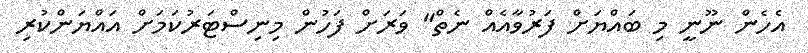
އެހެން ނޫނީ މި ބައްޔަށް ފަރުވާއެއް ނެތް" ވަރަށް ފަހުން މިނިސްޓަރުކަމަށް އައްޔަންކުރި